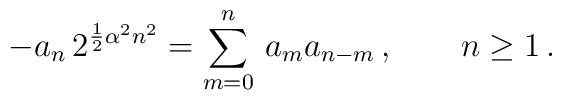
-a_n \, 2^{{1 \over 2} \alpha^2 n^2}= \sum_{m=0}^n \, a_m a_{n-m}\,,\qquad  n\geq 1\,.